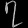
Digit: ၇